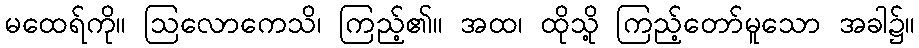
မထေရ်ကို။ ဩလောကေသိ၊ ကြည့်၏။ အထ၊ ထိုသို့ ကြည့်တော်မူသော အခါ၌။